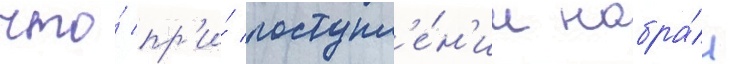
что́ пр'и́ поступл'е́н'ии набра́л